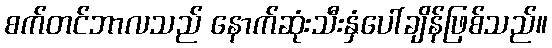
စက်တင်ဘာလသည် နောက်ဆုံးသီးနှံပေါ်ချိန်ဖြစ်သည်။